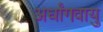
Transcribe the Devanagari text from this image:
अर्धांगवायु